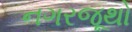
નગરજૂથો